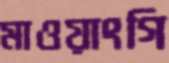
মাওয়াংগি